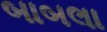
બાબલા